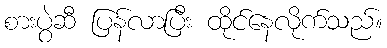
စားပွဲဆီ ပြန်လာပြီး ထိုင်နေလိုက်သည်။